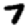
Digit: 7